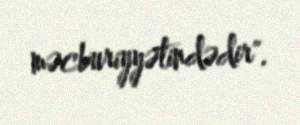
məcburiyyətindədir".